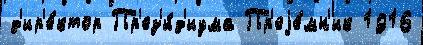
д'ир'е́ктор Пр'ез'и́д'иума Пр'еjе́мн'ик 1916